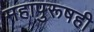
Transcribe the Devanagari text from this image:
महापुरूषही